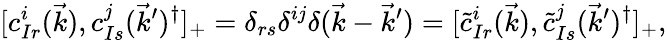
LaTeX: [c_{Ir}^{i}(\vec{k}),c_{Is}^{j}(\vec{k}^{\prime})^{\dagger}]_{+}=\delta_{rs}\delta^{ij}\delta(\vec{k}-\vec{k}^{\prime})=[\tilde{c}_{Ir}^{i}(\vec{k}),\tilde{c}_{Is}^{j}(\vec{k}^{\prime})^{\dagger}]_{+},